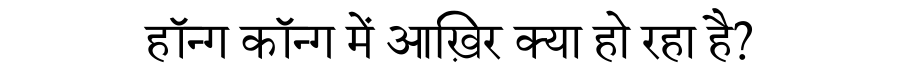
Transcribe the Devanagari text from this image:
हॉन्ग कॉन्ग में आख़िर क्या हो रहा है?